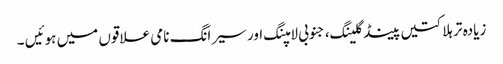
زیادہ تر ہلاکتیں پینڈگلینگ، جنوبی لامپنگ اور سیرانگ نامی علاقوں میں ہوئیں ۔